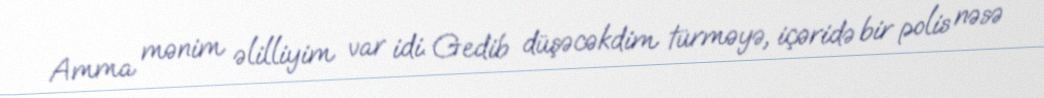
Amma mənim əlilliyim var idi. Gedib düşəcəkdim türməyə, içəridə bir polis nəsə